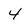
Character: 4